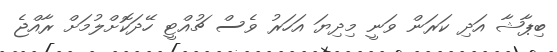
ބިޕާޝާ އަދި ކަރަން ވަނީ މިދިޔަ އަހަރު ވެސް ޗުއްޓީ ހޭދަކޮށްލުމަށް ރާއްޖެ